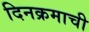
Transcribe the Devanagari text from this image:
दिनक्रमाची